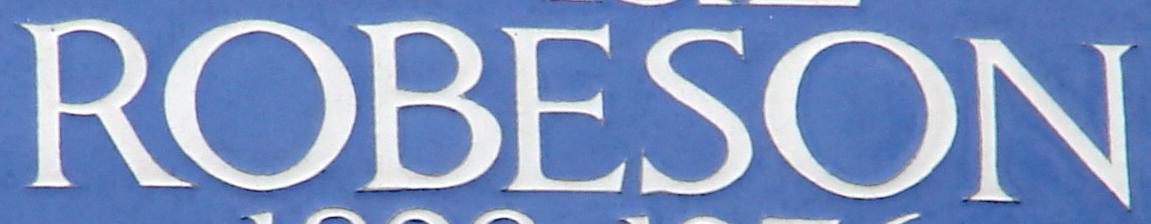
ROBESON